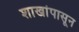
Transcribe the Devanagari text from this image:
शाखांपासून